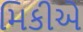
મિકીએ